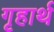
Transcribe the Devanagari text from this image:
गृहार्थ